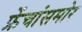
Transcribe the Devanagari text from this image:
फ्रेंचांसमोर